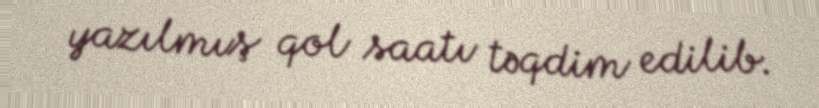
yazılmış qol saatı təqdim edilib.